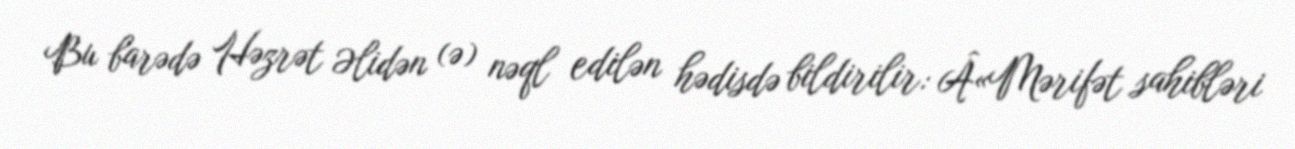
Bu barədə Həzrət Əlidən (ə) nəql edilən hədisdə bildirilir: Â«Mərifət sahibləri